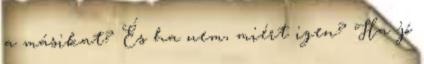
a másikat? És ha nem, miért igen? Ha jó